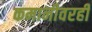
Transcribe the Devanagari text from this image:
कमानीवरही